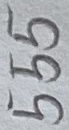
Text: 555